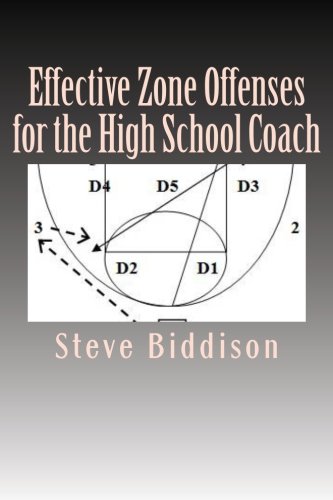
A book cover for Effective Zone Offenses for the High School Coach (Winning Ways Basketball) (Volume 2); Steve Biddison; Sports & Outdoors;